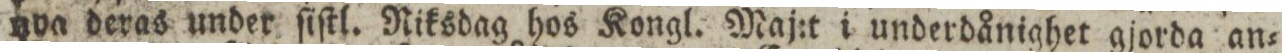
nva deras under ſiſtl. Riksdag hos Kongl. Maj:t i underdånighet gjorda an=